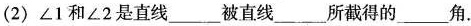
(2) ∠1和∠2是直线___被直线___所截得的___角.